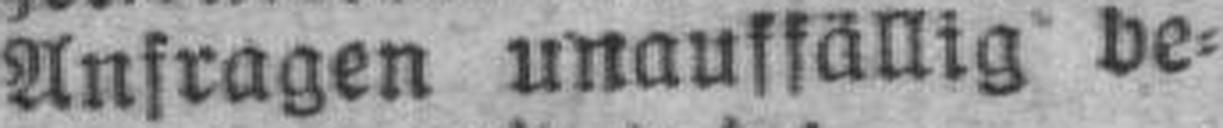
Anfragen unauffällig be¬